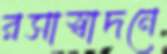
রসাস্বাদনে